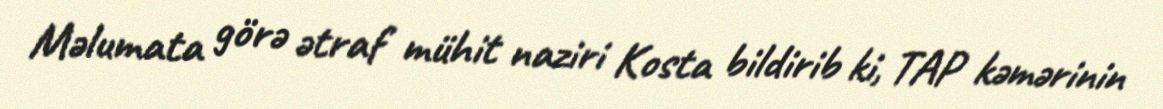
Məlumata görə ətraf mühit naziri Kosta bildirib ki, TAP kəmərinin